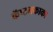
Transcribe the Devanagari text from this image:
कॅप्टनकाका